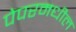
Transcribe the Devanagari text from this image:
पेपरमधील